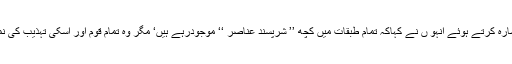
اس بات کی طرف اشارہ کرتے ہوئے انہو ں نے کہاکہ تمام طبقات میں کچھ ’’ شرپسند عناصر ‘‘ موجودرہے ہیں‘ مگر وہ تمام قوم اور اسکی تہذیب کی نمائندگی نہیں کرتے ۔